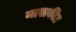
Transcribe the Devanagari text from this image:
मासकीट